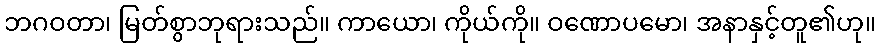
ဘဂဝတာ၊ မြတ်စွာဘုရားသည်။ ကာယော၊ ကိုယ်ကို။ ဝဏောပမော၊ အနာနှင့်တူ၏ဟု။